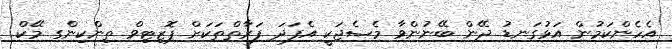
އެހެންކަމުން އަޅުގަނޑު ދޭން ބޭނުންވާ މެސެޖަކީ އެފަދަ ފަރާތްތަކަށް ޕޮޒިޓިވް ތިންކިންގ މޭކް